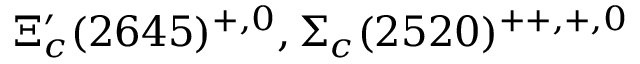
\Xi _ { c } ^ { \prime } ( 2 6 4 5 ) ^ { + , 0 } , \Sigma _ { c } ( 2 5 2 0 ) ^ { + + , + , 0 }